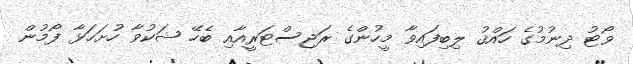
ވޯޓު ދިނުމުގެ ހައްޤު ލިބިފައިވާ މީހުންގެ ރަޖިސްޓަރީއާއި ބެހޭ ޝަކުވާ ހުށަހަޅާ ފޯމުން